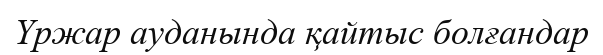
Үржар ауданында қайтыс болғандар